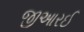
જીઆરઈ